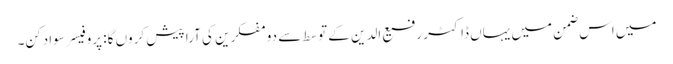
میں اس ضمن میں یہاں ڈاکٹر رفیع الدین کے توسط سے دو مفکرین کی آرا پیش کروں گا: پروفیسر سوادکن۔